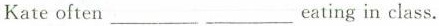
Kate often ___ ___ eating in class.